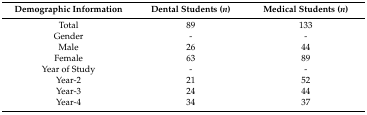
<table><thead><tr><td><b>Demographic Information</b></td><td><b>Dental Students (<i>n</i>)</b></td><td><b>Medical Students (<i>n</i>)</b></td></tr></thead><tbody><tr><td>Total</td><td>89</td><td>133</td></tr><tr><td>Gender</td><td>-</td><td>-</td></tr><tr><td>Male</td><td>26</td><td>44</td></tr><tr><td>Female</td><td>63</td><td>89</td></tr><tr><td>Year of Study</td><td>-</td><td>-</td></tr><tr><td>Year-2</td><td>21</td><td>52</td></tr><tr><td>Year-3</td><td>24</td><td>44</td></tr><tr><td>Year-4</td><td>34</td><td>37</td></tr></tbody></table>